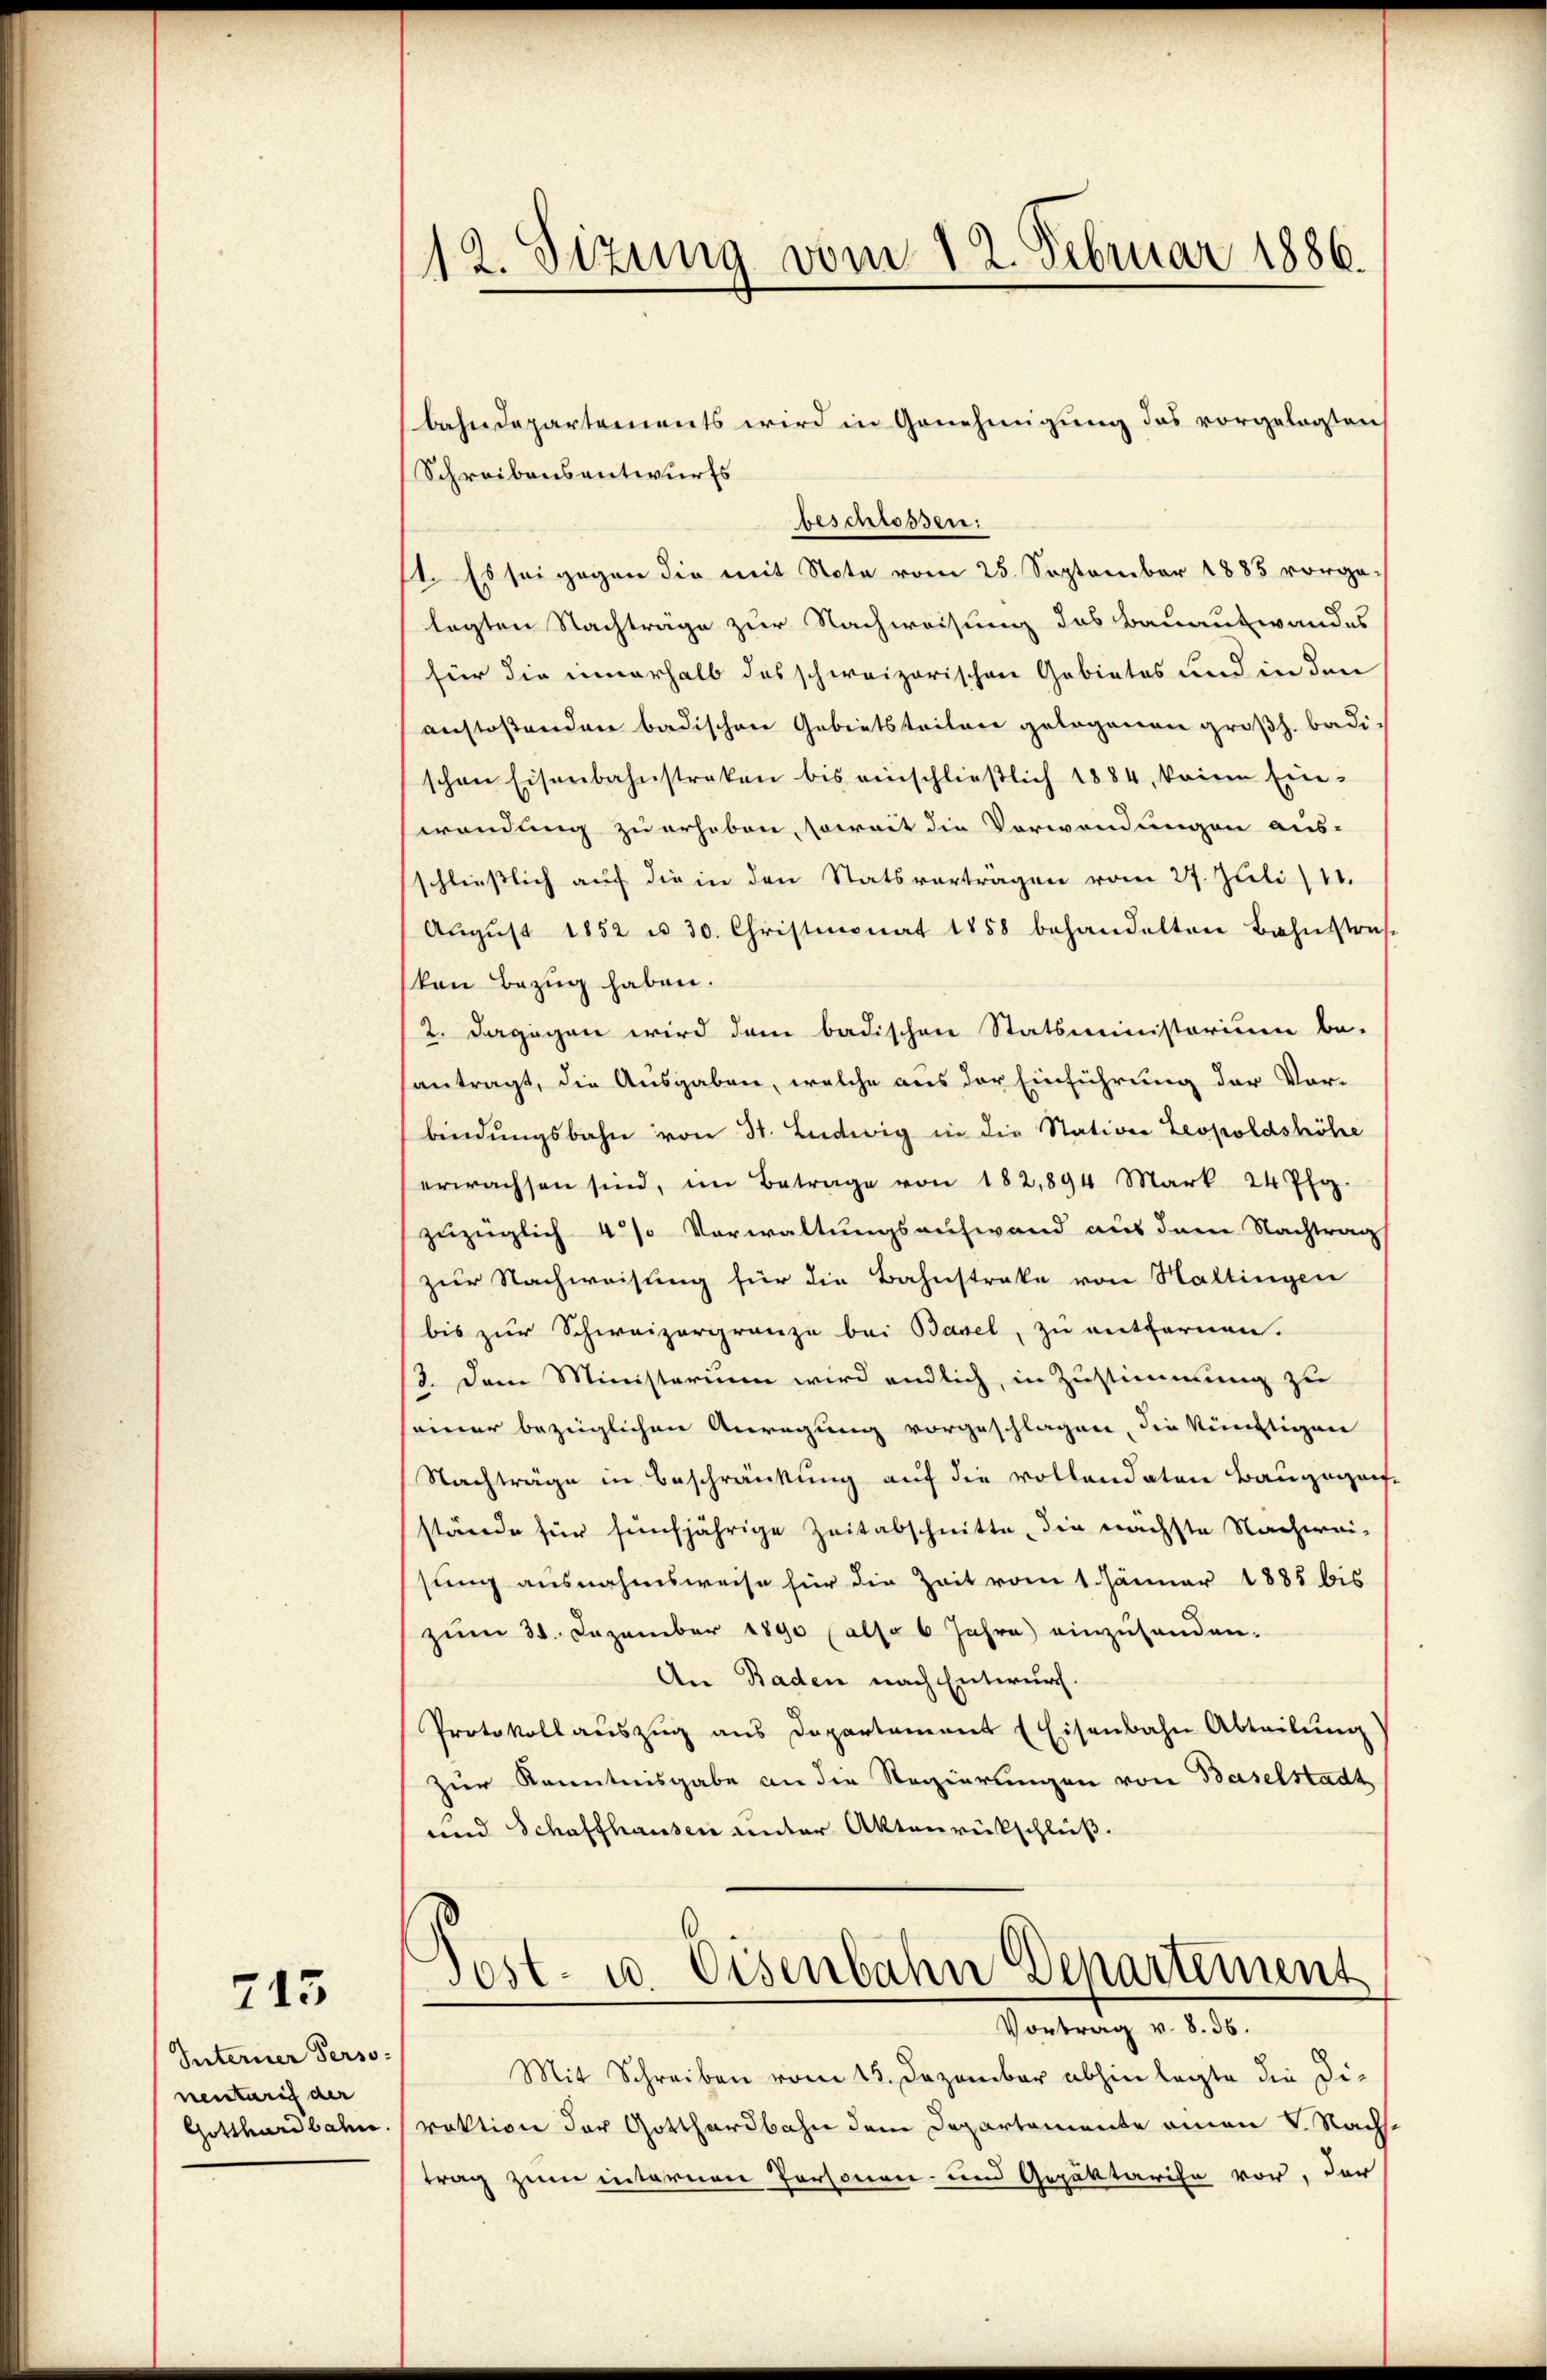
713

Interner Personentarif der
Gotthardbahn.

112. Sizung vom 12. Februar 1886.

bahndepartements wird in Genehmigung das vorgelegten
Schreibensantwurfs
beschlossen:
st. Es sei gegen die mit Note vom 25. September 1885 vorge-
legten Nachträge zur Nachweisung das Bauaufwandes
für die innerhalb des schweizerischen Gebietes und in den
anstoßenden badischen Gebietstritore gelogenen großh. badi-
schen Eisenbahnstraken bis einschließlich 1884, keine Einwendung zu erhoben, soweit die Verwendungen aus-
schließlich auf die in den Statsvorträgen vom 27. Juli/11.
Aŭgŭst 1852 u. 30. Christmonat 1858 behandelten Bahnstraf
kon Bezug haben.
2. Dagegen wird dem badischen Statsministorium be-
santragt, die Ausgaben, welche aus der Einführung der Vor-
bindungsbahn von 31. Ludwig in die Station Leopoldshöhe
erwachsen sind, im Betrage von 182,894 Mark. 24 Pfg.
zuzüglich 4 % Verwaltungsaufwand aus dem Nachtrag
zur Nachweisung für die Bahnstreke von Hattingen
bis zur Schweizergränze bei Basel, zu entfernen.
13. Dem Ministerium wird endlich, in Zustimmung zu
seiner bezüglichen Anregung vorgeschlagen, die künftigen
Nachträge in Beschränkung auf die vollandaten Baugegen
stände für fünfjährige Zeitabschnitte, die nächste Nachweisung ausnahmsweise für die Zeit vom 1. Jänner 1885 bis
zum 31. Dezember 1890 (also 6 Jahre) einzuhanden.
An Baden nach Entwurf.
Protokollauszug aus Departement (Eisenbahn Abteilung
zur Kenntnisgabe an die Regierungen von Baselstadt
und Schaffhausen unter Aktenrückschluß.
Post- u. Eisenbahn Departement
Vortrag v. 8. 36.
Mit Schreiben vom 13. Dezember abhin legte die Di-
raktion der Gotthardbahn dem Departemente amon v. Nachtrag zum internen Personen- und Gepättarise vor, der